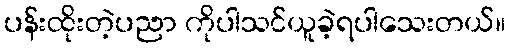
ပန်းထိုးတဲ့ပညာ ကိုပါသင်ယူခဲ့ရပါသေးတယ်။